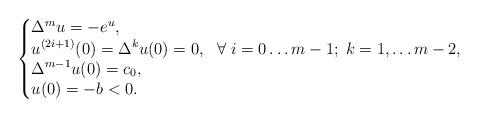
LaTeX: \begin{align*}\begin{cases}\begin{aligned}&\Delta^m u=-e^u, &&\\&u^{(2i+1)}(0)= \Delta^k u(0) = 0, && \forall\; i = 0\ldots m-1;\; k = 1, \ldots m-2,\\&\Delta^{m-1} u(0) = c_0,&&\\&u(0)=-b < 0.&&\end{aligned}\end{cases}\end{align*}